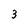
Character: 3